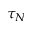
\tau _ { N }